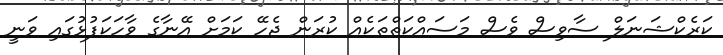
ކަރެކްޝަނަލް ސާވިސް ވެސް މަސައްކަތްތަކެއް ކުރަން ޖެހޭ ކަމަށް އޭނާގެ ވާހަކަފުޅުގައި ވަނީ